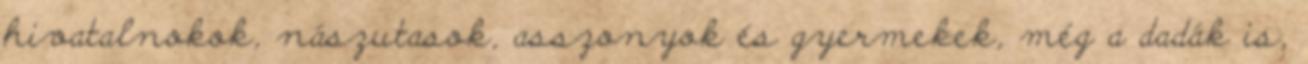
hivatalnokok, nászutasok, asszonyok és gyermekek, még a dadák is,